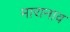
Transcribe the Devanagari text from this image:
मारानाव